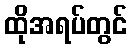
ထိုအရပ်တွင်